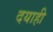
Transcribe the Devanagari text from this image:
दयाही